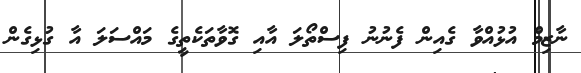
ނާޒިމް އުޅުއްވާ ގެއިން ފެނުނު ފިސްތޯލަ އާއި ގޮވާތަކެތީގެ މައްސަލަ އާ ގުޅިގެން